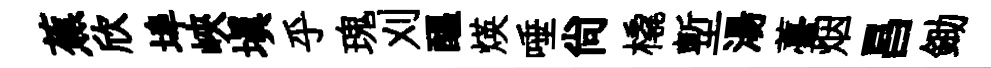
蕉欣埠峽塡乎瑰刈醖煐唾尚橇塹湯薹烟昌鋤